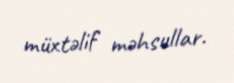
müxtəlif məhsullar.